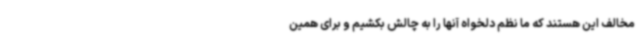
مخالف این هستند که ما نظم دلخواه آنها را به چالش بکشیم و برای همین